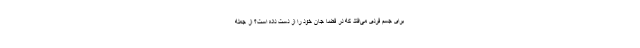
برای جسم فردی می‌افتد که در فضا جان خود را از دست داده است؟ از جمله